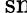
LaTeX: \, \mathrm{{sn\! }}